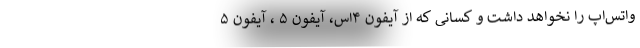
واتس‌اپ را نخواهد داشت و کسانی که از آیفون ۴‌اس، آیفون ۵ ، آیفون ۵